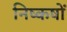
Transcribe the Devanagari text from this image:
निष्कषों